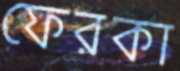
ফেরকা